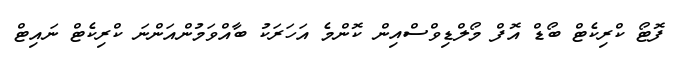
ފޮޓޯ ކްރިކެޓް ބޯޑް އޮފް މޯލްޑިވްސްއިން ކޮންމެ އަހަރަކު ބާއްވަމުންއަންނަ ކްރިކެޓް ނައިޓް